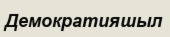
Демократияшыл